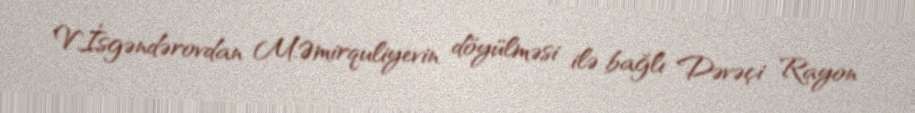
V.İsgəndərovdan M.Əmirquliyevin döyülməsi ilə bağlı Dəvəçi Rayon